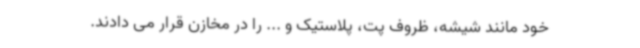
خود مانند شیشه، ظروف پت، پلاستیک و ... را در مخازن قرار می دادند.